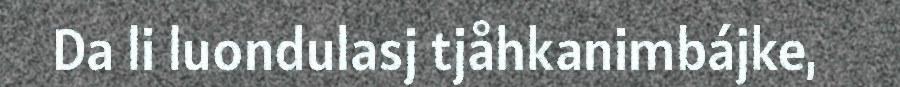
Da li luondulasj tjåhkanimbájke,